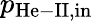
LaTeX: p_{\mathrm{He-II,in}}